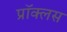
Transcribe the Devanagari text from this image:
प्रॉक्लस